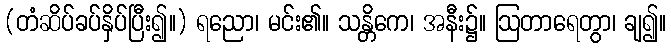
(တံဆိပ်ခပ်နှိပ်ပြီး၍။) ရညော၊ မင်း၏။ သန္တိကေ၊ အနီး၌။ ဩတာရေတွာ၊ ချ၍။